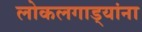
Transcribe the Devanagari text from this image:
लोकलगाड्यांना